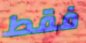
فقط